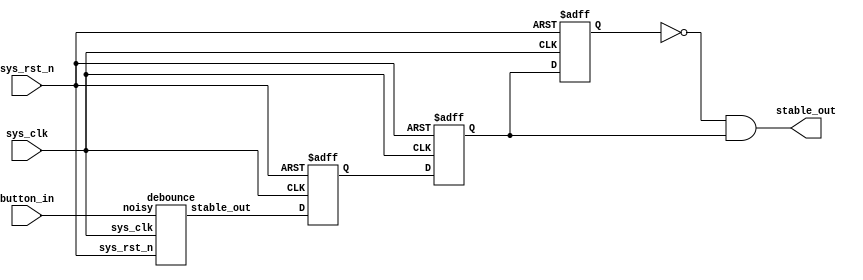
`timescale 1ns / 1ps

module Button(
    input sys_clk,
    input sys_rst_n,
    input button_in,
    output stable_out);

reg r1,r2,r3;
wire in_stable;

// 
debounce db1(
    .sys_clk(sys_clk),
    .noisy(button_in),
    .sys_rst_n(sys_rst_n),
    .stable_out(in_stable));

always @(posedge sys_clk or posedge sys_rst_n) begin
    if(sys_rst_n) begin
        r1 <= 1'b0;
        r2 <= 1'b0;
        r3 <= 1'b0;
    end
    else begin
        r1 <= in_stable;
        r2 <= r1;
        r3 <= r2;
    end 
end
assign stable_out = ~r3 & r2;
endmodule


// clear debounce module
module debounce(
    input sys_clk,
    input noisy,
    input sys_rst_n,
    output reg stable_out);
    
parameter NDELAY = 650000;
// parameter NDELAY = 0; // For simulation
parameter NBITS = 20;

reg [NBITS-1:0] count;
reg xnew;

always @(posedge sys_clk or posedge sys_rst_n) begin
    if(sys_rst_n) begin
        xnew <= noisy;
        stable_out <= noisy;
        count <= 0;
    end
    else if(noisy != xnew)  begin
        xnew <= noisy;
        count <= 0;
    end
    else if(count == NDELAY)    stable_out <= xnew;
    else count <= count + 1;
end
endmodule